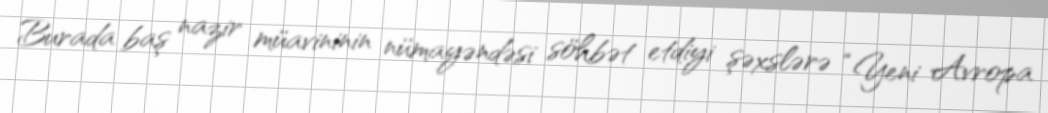
Burada baş nazir müavininin nümayəndəsi söhbət etdiyi şəxslərə “Yeni Avropa